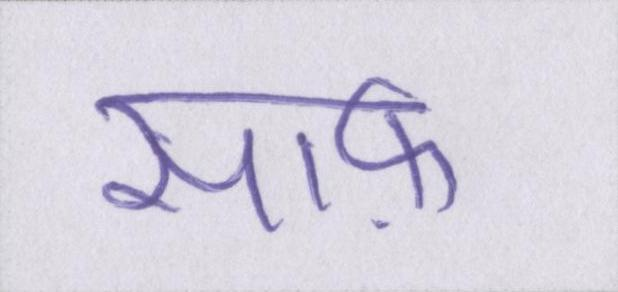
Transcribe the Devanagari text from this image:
साफ़